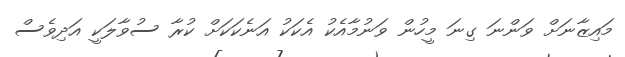
މައިޒާނަށް ވަންނަ ގިނަ މީހުން ވަނުމާއެކު އެކަކު އަނެކަކަށް ކުރާ ސުވާލަކީ އަދިވެސް